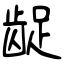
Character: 龊